Vital statistics of India. Vol. IV, Annual returns from 1871 to 1876. British Army of India, Native Army and jails of Bengal
Year: 1871
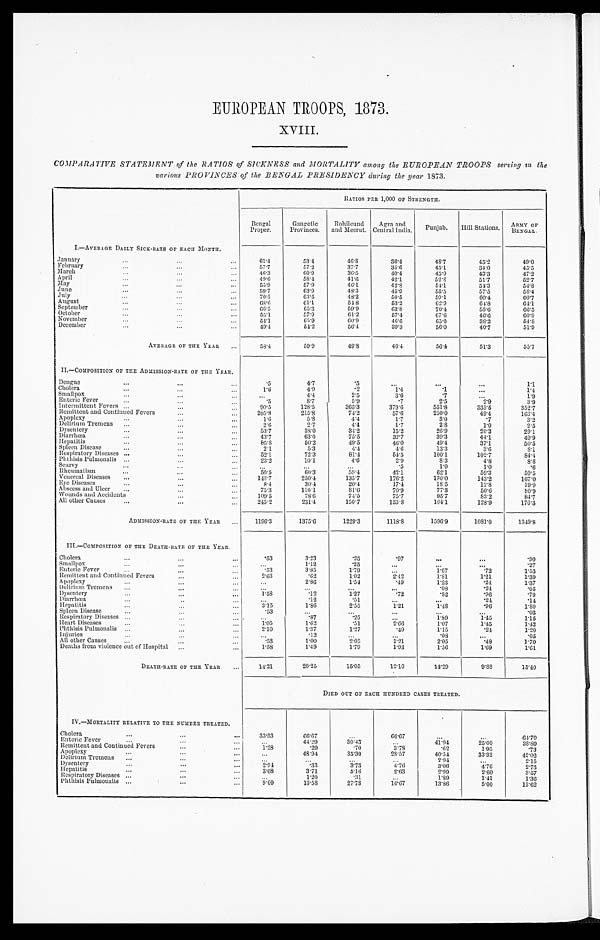
EUROPEAN TROOPS, 1873.
XVIII.
COMPARATIVE STATEMENT of the RATIOS of SICKNESS and MORTALITY among the EUROPEAN TROOPS serving in the
various PROVINCES of the BENGAL PRESIDENCY during the Near 1873.
RATIOS PER 1,000 OF STRENGTH.
Bengal
Proper.
Gangetic
Provinces.
Rohileund
and Meerut.
Agra and
Central India.
Punjab.
Hill Stations. ARMY OF
BENGAL.
I.—AVERAGE DAILY SICK-RATE Of EACH MONTH.
January . . .
61.4
53.4
4 6 . 8
36.4
48.7
4 5 . 2 .
49.0
February . . .
57.7
57.2
37.7
3 5 . 6
45.1
34.0
45.5
March . . .
46.3
60.9
36.5
40.4
45.0
43.3
4 7 . 2
April
.
.
.
49.6
58.4
41.6
42.1
52.8
51.7
52.7
May . . .
55.9
5 7 . 9
46.1
4 2 . 8
54.1
54.3
54.8
June . . .
59.7
63.9
48.3
45.9
55.5
5 7 . 5
58.4
July . . .
70.5
63.5
48.2
50.5
59.1
60.4
60.7
August . . .
6 8 . 6
61.1
54.8
53.2
62.9
64.8
64.1
September . . .
66.5
65.3
59.9
63.8
70. 4
55.6
66.5
October . . .
51.1
57.9
6 1 . 2
57.4
67.6
46. 6
60.9
November . . .
54.1
65.9
60.9
46.6
65.0
38.2
5 4 . 8
December . . .
4 9 . 4
54.2
56.4
39.3
56.0
40.7
51.9
AVERAGE OF THE YEAR . . .
58.4
59.9
4 9 . 8
4 6 . 4
56.4
51.3
55.7
II.—COMPOSITION OF THE ADMISSION-RATE OF THE YEAR.
Dengue . . .
.5
4.7
.5
. . .
. . .
. . .
1.1
Cholera . . .
1 . 6
4 . 9
.2
1.4
.1
. . .
1 . 4
Smallpox . . .
. . .
4 . 4
2.5
3.6
.7
. . .
1.9
Enteric Fever . . .
. 5
8.7
5 . 9
.7
2.5
2.9
3.9
Intermittent Fevers . . .
90.5
128.5
365.3
379.6
551.8
335. 5
352.7
Remittent and Continued Fevers . . .
205. 8
215.8
74.2
57.6
250.0
4 9 . 4
163.4
Apoplexy . . .
1 . 6
5 . 8
4.4
1.7
3.0
.7
3.2
Delirium Tremens . . .
2.6
2.7
4.4
1.7
2 . 8
1.0
2.5
Dysentery . . .
53.7
38.0
34.2
15.2
2 6 . 9
20.2
29.1
Diarrhœa . . .
43.7
63.0
75.5
32.7
39.3
44.1
49.9
Hepatitis . . .
85. 8
50.2
49.5
46.0
49.4
37.1
50.5
Spleen Disease . . .
2.1
5 . 3
4 . 4
4.6
1 3 . 3
3.6
8.1
Respiratory Diseases . . .
52.1
72.3
81.4
54.5
100.1
102. 7
8 4 . 4
Phthisis Pulmoualis . . .
23.2
10.1
4.6
2.9
8 . 3
4.8
8 . 8
Scurvy . . .
. . .
. . .
. . .
.5
1 . 0
1.0
. 6
Rheumatism . . .
50.5
6 0 . 3
59.4
42.1
62.1
59.3
59.5
Venereal Diseases . . .
143.7
250.4
135.7
176.2
130.0
143.2
167.0
Eye Diseases . . .
8.4
30.4
2 0 . 4
17.4
18.5
1 2 . 8
1 9 . 9
Abscess and Ulcer . . .
75.3
110.1
8 1 . 6
70.9
77.3
50.6
80.9
Wounds and Accidents . . .
109.5
7 8 . 6
74.5
75.7
95.7
83.2
84.7
All other Causes . . .
245.2
231.4
150.7
133. 8
164.1
128.9
176.3
ADMISSION-RATE OF THE YEAR
1196.3
1375.6
1229.3
1118.8
1596.9
1081.0
1349.8
III.—COMPOSITION OF THE DEATH-RATE OF THE YEAR.
Cholera . . .
.53
3.23
.25
.97
. . .
. . .
.90
Smallpox . . .
. . .
1.12
.25
. . .
. . .
. . .
.27
Enteric Fever . . .
.53
3.85
1.79
. . .
1.07
.72
1.53
R Remittent and Continued Fevers . . .
2.63
.62
1.02
2 . 4 2
1.81
1.21
1 . 3 9
Apoplexy . . .
. . .
2 . 8 6
1 . 5 4
.49
1.23
.24
1.37
Delirium Tremens . . .
. . .
. . .
. . .
. . .
.08
.24
.05
Dysentery . . .
l . 5 8
.12
1.27
.72
.82
.96
.79
Diarrhœa . . .
. . .
.12
.51
. . .
. . .
. 2 4
. 1 4
Hepatitis . . .
3.15
1 . 8 6
2.55
1.21
1 . 4 8
.96
1 . 8 0
Spleen Disease . . .
.53
. . .
. . .
. . .
. . .
. . .
.03
Respiratory Diseases . . .
. . .
.87
.25
. . .
1 . 8 9
1.45
1.15
Heart Diseases . . .
1.05
1.62
.51
2.66
1.07
1.45
1.42
P h t h i s i s P u l m o n a l i s . . .
2.10
1.37
1.27
.49
1.15
. 2 4
1.20
Injuries . . .
. . .
.12
. . .
. . .
. 0 8
. . .
.05
All other Causes . . .
.53
1.00
2.05
1.21
2.05
.48
1.70
Deaths from violence out of Hospital . . .
1.58
1.49
1.79
1.93
1 . 5 6
1.69
1.61
DEATH-RATE OF THE YEAR . . .
14.21
20.25
15.05
12.10
14.29
9 . 8 8
15.40
DIED OUT OF EACH HUNDRED CASES TREATED.
IV.—MORTALITY RELATIVE TO THE NUMBER TREATED.
Cholera . . .
33.33
66.67
. . .
66.67
. . .
. . .
64. 70
Enteric Fever . . .
. . .
44.29
30.43
. . .
41.94
25.00
38.89
Remittent and Continued Fevers . . .
1.28
.29
.70
3.78
.62
1.95
.73
Apoplexy . . .
. . .
48. 94
35.30
28.57
40.54
33.33
42. 02
Delirium Tremens . . .
. . .
. . .
. . .
. . .
2. 94
. . .
2.15
Dysentery . . .
2 . 9 4
.33
3.73
4.76
3.06
4.76
2.73
Hepatitis . . .
3.68
3.71
5.16
2.63
2.99
2.60
3.57
Respiratory Diseases . . .
. . .
1.20
.31
. . .
1.89
1.41
1.36
Phthisis Pulmonalis . . .
9.09
13. 58
2 7 . 7 8
16.67
13.86
5.00
13.62